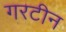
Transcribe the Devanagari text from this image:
गरटीन